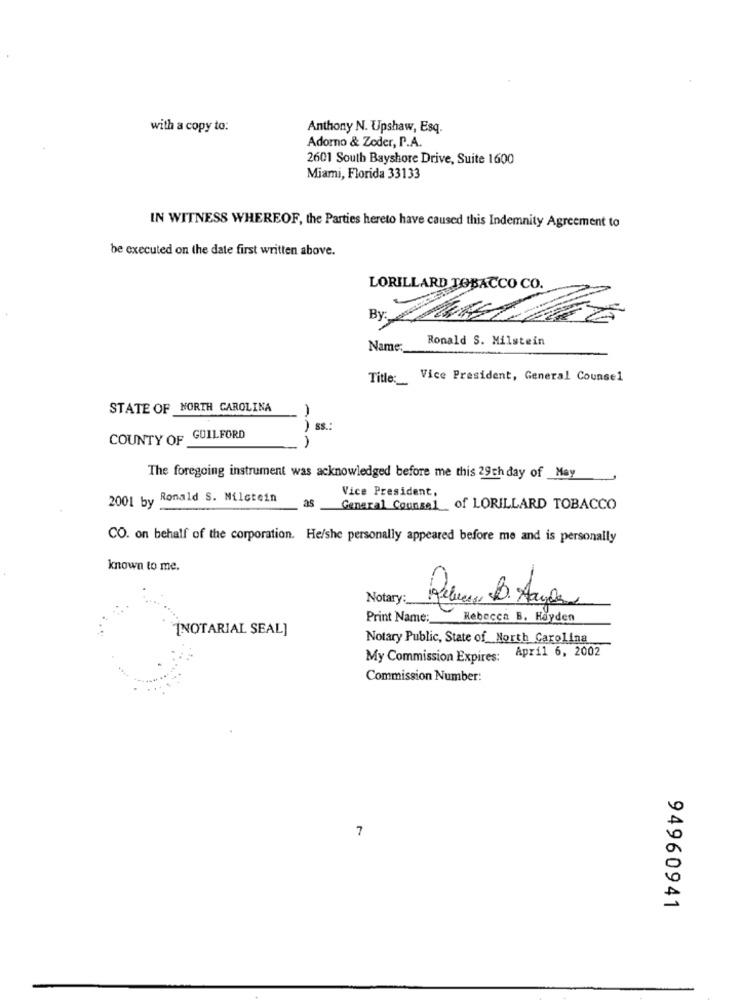
with a copy to:
Anthony N. Upshaw, Esq.
Adorno & Zoder, P.A.
2601 South Bayshore Drive, Suite 1600
Miami, Florida 33133
IN WITNESS WHEREOF, the Parties hereto have caused this Indemnity Agreement to
be executed on the date first written above.
LORILLARD TOBACCO CO.
Ronald S. Milstein
Name:
Title:
Vice President, General Counsel
STATE OF NORTH CAROLINA
SS .:
COUNTY OF
GUILFORD
The foregoing instrument was acknowledged before me this 29th day of May
Ronald S. Nilotein
as
Vice President,
2001 by
General Counsel of LORILLARD TOBACCO
CO. on behalf of the corporation. He/she personally appeared before me and is personally
known to me.
Notary:
Print Name :_
Rebecca B. Hayden
[NOTARIAL SEAL]
Notary Public, State of_North Carolina
My Commission Expires: April 6, 2002
Commission Number:
7
94960941